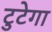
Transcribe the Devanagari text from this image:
टुटेगा